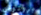
بروتوس